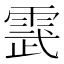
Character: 𮦔